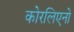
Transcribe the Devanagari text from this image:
कोरलिएनो